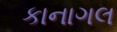
કાનાગલ